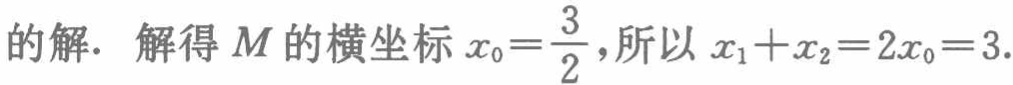
的解. 解得 \(M\) 的横坐标 \(x_{0}=\frac{3}{2}\),所以 \(x_{1}+x_{2}=2x_{0}=3\).